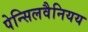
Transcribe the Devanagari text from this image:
पेन्सिलवैनियय